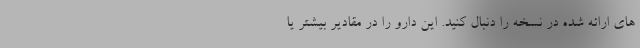
های ارائه شده در نسخه را دنبال کنید. این دارو را در مقادیر بیشتر یا